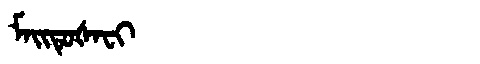
Manchu: ᠮᠠᡳᡨᡠᡧᠠᠸᡳ
Romanization: MAITUŠAFI